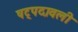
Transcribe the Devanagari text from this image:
षट्पदावली